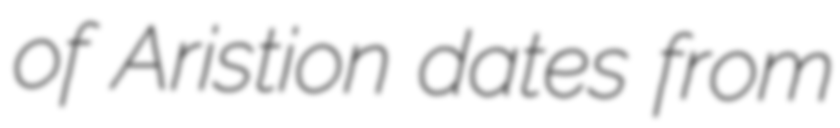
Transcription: of Aristion dates from